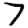
Digit: 7